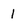
Character: 1